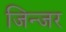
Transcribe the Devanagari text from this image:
जिन्जर